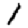
Digit: 1